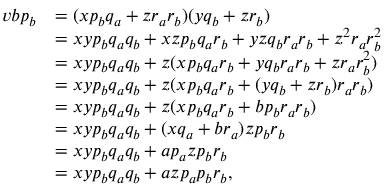
\begin{array} { r l } { v b p _ { b } } & { = ( x p _ { b } q _ { a } + z r _ { a } r _ { b } ) ( y q _ { b } + z r _ { b } ) } \\ & { = x y p _ { b } q _ { a } q _ { b } + x z p _ { b } q _ { a } r _ { b } + y z q _ { b } r _ { a } r _ { b } + z ^ { 2 } r _ { a } r _ { b } ^ { 2 } } \\ & { = x y p _ { b } q _ { a } q _ { b } + z ( x p _ { b } q _ { a } r _ { b } + y q _ { b } r _ { a } r _ { b } + z r _ { a } r _ { b } ^ { 2 } ) } \\ & { = x y p _ { b } q _ { a } q _ { b } + z ( x p _ { b } q _ { a } r _ { b } + ( y q _ { b } + z r _ { b } ) r _ { a } r _ { b } ) } \\ & { = x y p _ { b } q _ { a } q _ { b } + z ( x p _ { b } q _ { a } r _ { b } + b p _ { b } r _ { a } r _ { b } ) } \\ & { = x y p _ { b } q _ { a } q _ { b } + ( x q _ { a } + b r _ { a } ) z p _ { b } r _ { b } } \\ & { = x y p _ { b } q _ { a } q _ { b } + a p _ { a } z p _ { b } r _ { b } } \\ & { = x y p _ { b } q _ { a } q _ { b } + a z p _ { a } p _ { b } r _ { b } , } \end{array}